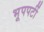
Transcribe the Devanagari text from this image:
भूपपर्टी